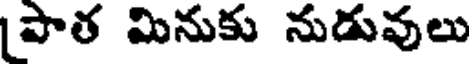
పాత మినుకు నుడువులు